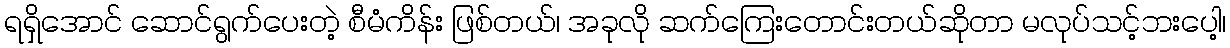
ရရှိအောင် ဆောင်ရွက်ပေးတဲ့ စီမံကိန်း ဖြစ်တယ်၊ အခုလို ဆက်ကြေးတောင်းတယ်ဆိုတာ မလုပ်သင့်ဘးပေါ့၊